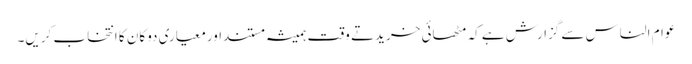
عوام الناس سے گزارش ہے کہ مٹھائی خریدتے وقت ہمیشہ مستنداورمعیاری دوکان کا انتخاب کریں۔